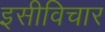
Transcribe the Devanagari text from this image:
इसीविचार